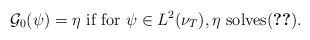
\begin{align*}\mathcal{G}_{0}(\psi )=\eta \mbox{ if for }\psi \in L^{2}(\nu _{T}),\eta \mbox{ solves(\ref{eq:finite_dim_limit}).} \end{align*}